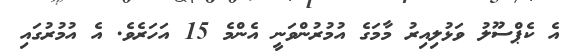
އެ ކެޕްސޫލު ވަޅުލިއިރު މާމަގެ އުމުރުންވަނީ އެންމެ 15 އަހަރެވެ. އެ އުމުރުގައި